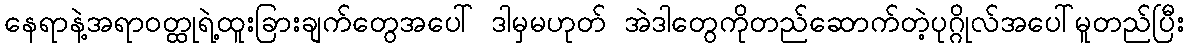
နေရာနဲ့အရာဝတ္ထုရဲ့ထူးခြားချက်တွေအပေါ် ဒါမှမဟုတ် အဲဒါတွေကိုတည်ဆောက်တဲ့ပုဂ္ဂိုလ်အပေါ်မူတည်ပြီး